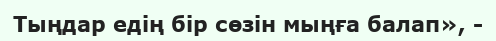
Тыңдар едің бір сөзін мыңға балап», -